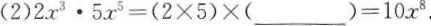
(2)$$2 x ^ { 3 } \cdot 5 x ^ { 5 } = ( 2 \times 5 ) \times (___) = 1 0 x ^ { 8 }$$